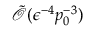
\tilde { \mathcal { O } } ( \epsilon ^ { - 4 } p _ { 0 } ^ { - 3 } )